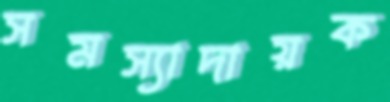
সমস্যাদায়ক